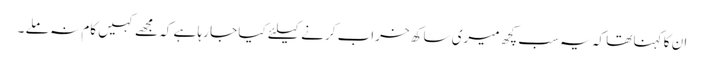
ان کا کہنا تھا کہ یہ سب کچھ میری ساکھ خراب کرنے کیلئے کیا جا رہا ہے کہ مجھے کہیں کام نہ ملے ۔